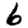
Digit: 6